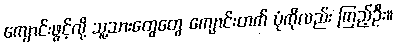
ကျောင်းဖွင့်လို့ သူ့သားတွေတွေ ကျောင်းတက် ပုံကိုလည်း ကြည့်ဦး။